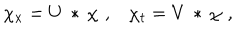
\chi _ { x } = U \, * \, \chi \, \, , \, \, \, \, \, \chi _ { t } = V \, * \, \chi \, \, ,